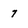
Character: 7